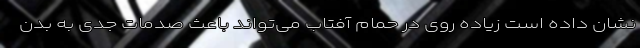
نشان داده است زیاده روی در حمام آفتاب می‌تواند باعث صدمات جدی به بدن